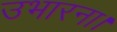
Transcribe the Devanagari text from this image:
उभारना।